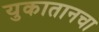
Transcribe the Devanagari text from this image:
युकातानचा